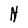
Character: N